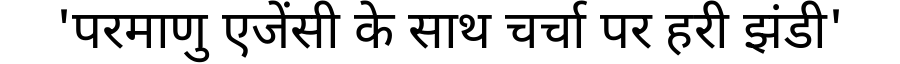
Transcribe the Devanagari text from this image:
'परमाणु एजेंसी के साथ चर्चा पर हरी झंडी'